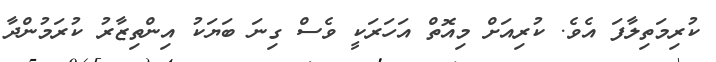
ކުރިމަތިލާފަ އެވެ. ކުރިއަށް މިއޮތް އަހަރަކީ ވެސް ގިނަ ބަޔަކު އިންތިޒާރު ކުރަމުންދާ